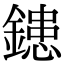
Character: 𨫑